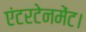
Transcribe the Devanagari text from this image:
एंटरटेनमेंट।